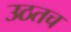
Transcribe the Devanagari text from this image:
उठतच